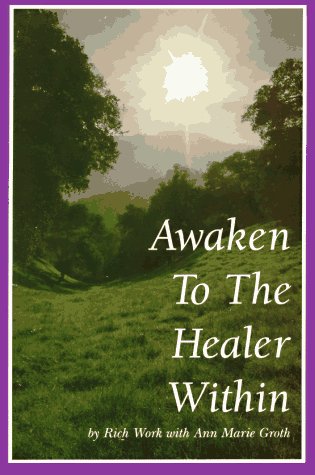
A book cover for Awaken to the Healer Within; Rich Work; Self-Help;